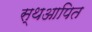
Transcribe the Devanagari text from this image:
स्थआपित